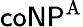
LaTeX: {\mathsf{coNP}}^{\mathrm{{A}}}